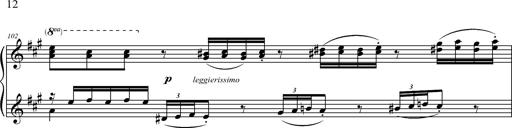
Title: 2 LÃ©gendes
Composer: Franz Liszt